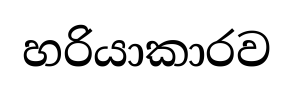
හරියාකාරව